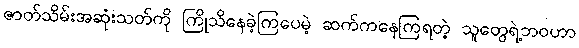
ဇာတ်သိမ်းအဆုံးသတ်ကို ကြိုသိနေခဲ့ကြပေမဲ့ ဆက်ကနေကြရတဲ့ သူတွေရဲ့ဘဝဟာ